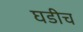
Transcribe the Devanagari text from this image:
घडीच